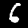
Label: 6